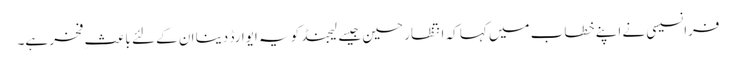
فرانسیسی نے اپنے خطاب میں کہا کہ انتظار حسین جیسے لیجنڈ کو یہ ایوارڈ دینا ان کے لئے باعثِ فخر ہے۔